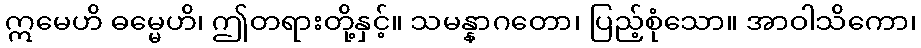
ဣမေဟိ ဓမ္မေဟိ၊ ဤတရားတို့နှင့်။ သမန္နာဂတော၊ ပြည့်စုံသော။ အာဝါသိကော၊